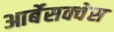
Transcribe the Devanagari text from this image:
आर्बेसक्वेस